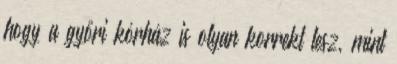
hogy a győri kórház is olyan korrekt lesz, mint